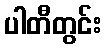
ပါတီတွင်း